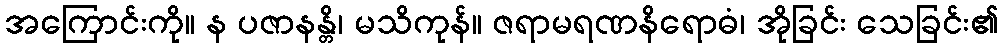
အကြောင်းကို။ န ပဇာနန္တိ၊ မသိကုန်။ ဇရာမရဏနိရောဓံ၊ အိုခြင်း သေခြင်း၏